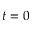
t = 0